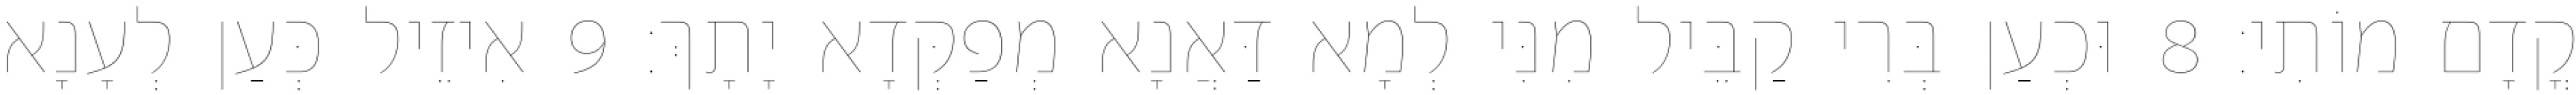
קֳדָם מוֹתִי׃ 8 וּכְעַן בְּרִי קַבֵּיל מִנִּי לְמָא דַּאֲנָא מְפַקְּדָא יָתָךְ׃ 9 אִיזֵיל כְּעַן לְעָנָא